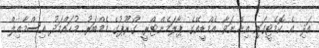
އަދި އެ ކޮމެޓީގައި އިންނަވާ އެމްޑީއޭގެ ޕާލަމެންޓްރީ ގްރޫޕުގެ މެމްބަރު މުހައްމަދު އިސްމާއިލް